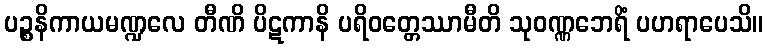
ပဉ္စနိကာယမဏ္ဍလေ တီဏိ ပိဋကာနိ ပရိဝတ္တေဿာမီတိ သုဝဏ္ဏဘေရိံ ပဟရာပေသိ။